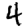
Digit: 4